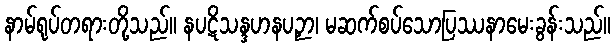
နာမ်ရုပ်တရားတို့သည်။ နပဋိသန္ဒဟနပဉှာ၊ မဆက်စပ်သောပြဿနာမေးခွန်းသည်။